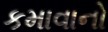
કમાવાનો